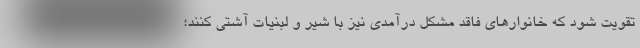
تقویت شود که خانوارهای فاقد مشکل درآمدی نیز با شیر و لبنیات آشتی کنند؛